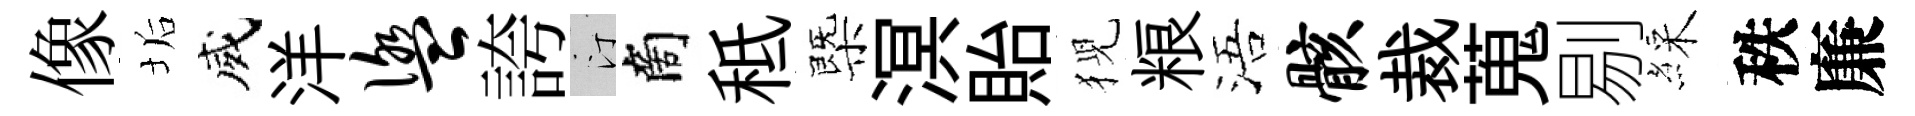
像垢威洋盥誇汀商秪㮣溟貽猊粮浯骸裁蒐剔綵秩廉